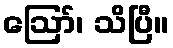
ဪ၊ သိပြီ။